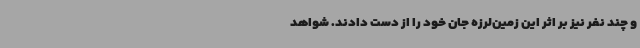
و چند نفر نیز بر اثر این زمین‌لرزه جان خود را از دست دادند. شواهد